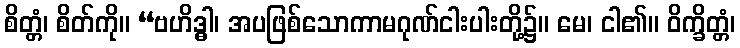
စိတ္တံ၊ စိတ်ကို။ “ဗဟိဒ္ဓါ၊ အပဖြစ်သောကာမဂုဏ်ငါးပါးတို့၌။ မေ၊ ငါ၏။ ဝိက္ခိတ္တံ၊